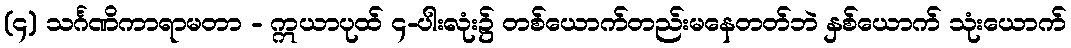
(၄) သင်္ဂဏိကာရာမတာ - ဣယာပုထ် ၄-ပါးလုံး၌ တစ်ယောက်တည်းမနေတတ်ဘဲ နှစ်ယောက် သုံးယောက်